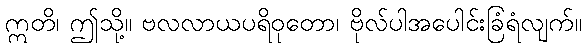
ဣတိ၊ ဤသို့။ ဗလလာယပရိဝုတော၊ ဗိုလ်ပါအပေါင်းခြံရံလျက်။